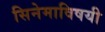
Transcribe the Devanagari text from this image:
सिनेमाविषयी